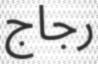
رجاج